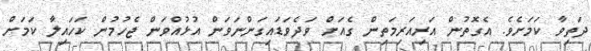
ދަތިވާ ކަމަށެވެ. އެގޮތުން އަރިއަރިމަތިން ގެއަށް ވަދެވަޑައިގަންނަވަން އުޅުއްވަން ޖެހުމުން ކަހައިލާ ކަމަށް